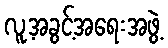
လူ့အခွင့်အရေးအဖွဲ့